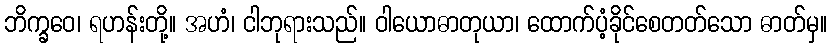
ဘိက္ခဝေ၊ ရဟန်းတို့။ အဟံ၊ ငါဘုရားသည်။ ဝါယောဓာတုယာ၊ ထောက်ပံ့ခိုင်စေတတ်သော ဓာတ်မှ။